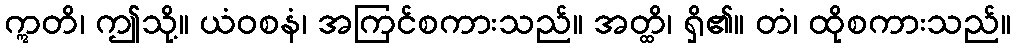
ဣတိ၊ ဤသို့။ ယံဝစနံ၊ အကြင်စကားသည်။ အတ္ထိ၊ ရှိ၏။ တံ၊ ထိုစကားသည်။